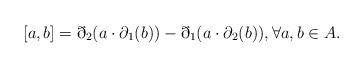
LaTeX: \begin{align*} [a, b] = \eth_2(a \cdot \partial_1(b)) - \eth_1(a \cdot \partial_2(b)), \forall a, b \in A. \end{align*}